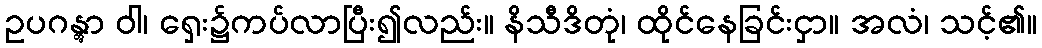
ဥပဂန္တွာ ဝါ၊ ရှေး၌ကပ်လာပြီး၍လည်း။ နိသီဒိတုံ၊ ထိုင်နေခြင်းငှာ။ အလံ၊ သင့်၏။